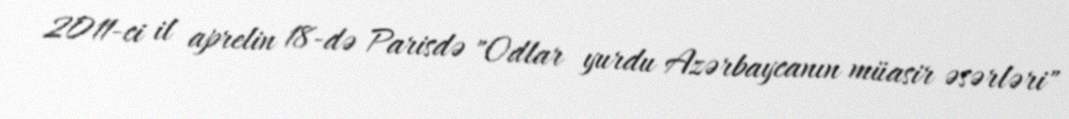
2011-ci il aprelin 18-də Parisdə "Odlar yurdu Azərbaycanın müasir əsərləri"